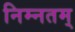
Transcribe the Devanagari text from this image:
निम्नतम्